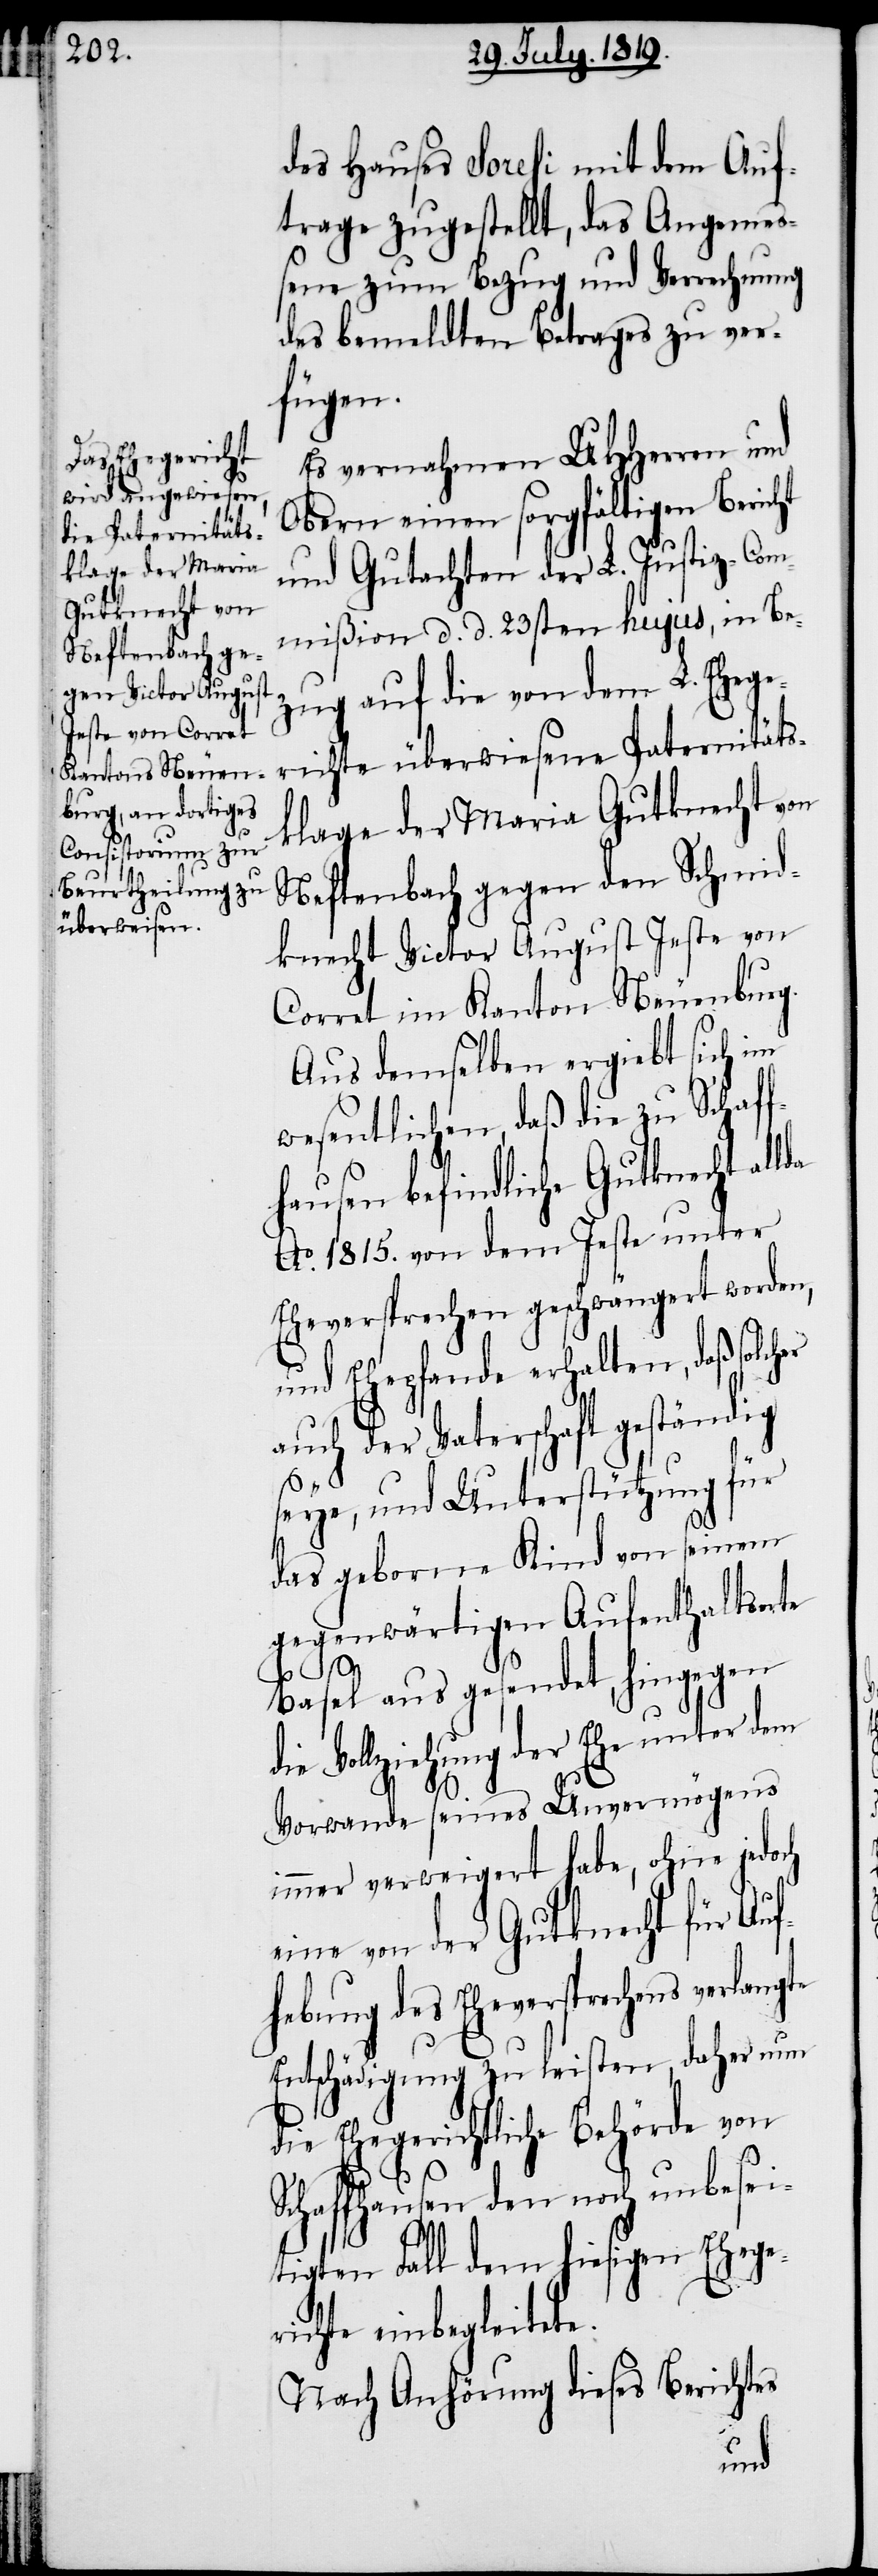
des Hauses Soresi mit dem Auf¬
trage zugestellt, das Angemes¬
sene zum Bezug und Verrechnung
des bemeldten Betrages zu ver¬
fügen.
Es vernahmen UHHerren und
Obern einen sorgfältigen Bericht
und Gutachten der L. Justiz-Com¬
mißion d. d. 23sten hujus, in Be¬
zug auf die von dem L. Ehege¬
richte überwiesene Paternitäts¬
klage der Maria Gutknecht von
Neftenbach gegen den Schmid¬
knecht Victor August Jeste von
Corret im Kanton Neuenburg.
Aus demselben ergiebt sich im
wesentlichen, daß die zu Schaf¬
fhausen befindliche Gutknecht al¬
Ao. 1815. von dem Jeste unter
Eheversprechen geschwängert worden,
und Ehepfande erhalten, daß solc¬
auch der Vaterschaft geständig
seye, und Unterstützung für
das geborne Kind von seinem
gegenwärtign Aufenthaltsorte
Basel aus gesendet, hingegen
Vollziehung der Ehe unter dem
Vorwande seines Unvermögens
immer verweigert habe, ohne jedoch
von der Gutknecht für Auf¬
hebung des Eheversprechens verlangte
Entschädigung zu leisten, daher nun
die Ehegerichtliche Behörde von
Schaffhausen den noch unbesei¬
die
tigten Fall dem hiesigen Ehege¬
richte einbegleitete.
Nach Anhörung dieses Berichtes